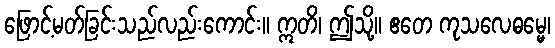
ဖြောင့်မတ်ခြင်းသည်လည်းကောင်း။ ဣတိ၊ ဤသို့။ ဧတေ ကုသလေဓမ္မေ၊